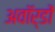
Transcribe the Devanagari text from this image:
अवॉर्डों